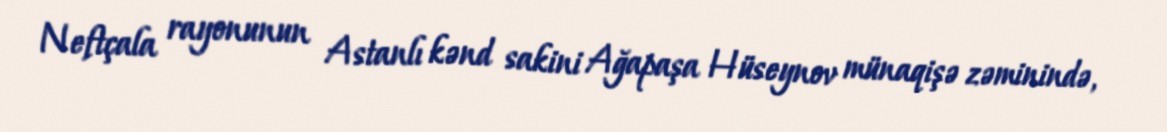
Neftçala rayonunun Astanlı kənd sakini Ağapaşa Hüseynov münaqişə zəminində,